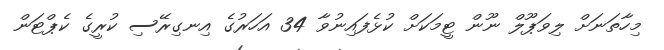
މިހާތަނަށް ލިވަޕޫލް ނޫން ޓީމަކަށް ކުޅެފައިނުވާ 34 އަހަރުގެ އިނގިރޭސި ކުރީގެ ކެޕްޓަން